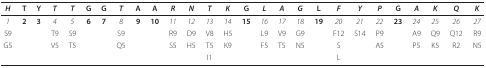
| H | T | Y | T | T | G | G | T | A | A | R | N | T | K | G | L | A | G | L | F | Y | P | G | A | K | Q | K |
 | --- | --- | --- | --- | --- | --- | --- | --- | --- | --- | --- | --- | --- | --- | --- | --- | --- | --- | --- | --- | --- | --- | --- | --- | --- | --- | --- |
 | 1 | 2 | 3 | 4 | 5 | 6 | 7 | 8 | 9 | 10 | 11 | 12 | 13 | 14 | 15 | 16 | 17 | 18 | 19 | 20 | 21 | 22 | 23 | 24 | 25 | 26 | 27 |
 | S9 |  |  | T9 | S9 |  |  | S9 |  |  | R9 | D9 | V8 | H5 |  | L9 | V9 | G9 |  | F12 | S14 | P9 |  | A9 | Q9 | Q12 | R9 |
 | G5 |  |  | V5 | T5 |  |  | Q5 |  |  | S5 | H5 | T5 | K9 |  | F5 | T5 | N5 |  | S |  | A5 |  | P5 | K5 | R2 | N5 |
 |  |  |  |  |  |  |  |  |  |  |  |  | I1 |  |  |  |  |  |  | L |  |  |  |  |  |  |  |